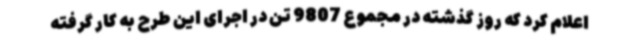
اعلام کرد که روز گذشته در مجموع 9807 تن در اجرای این طرح به کار گرفته